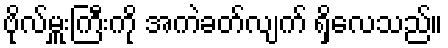
ဗိုလ်မှူးကြီးကို အကဲခတ်လျက် ရှိလေသည်။